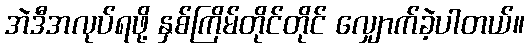
အဲဒီအလုပ်ရဖို့ နှစ်ကြိမ်တိုင်တိုင် လျှောက်ခဲ့ပါတယ်။